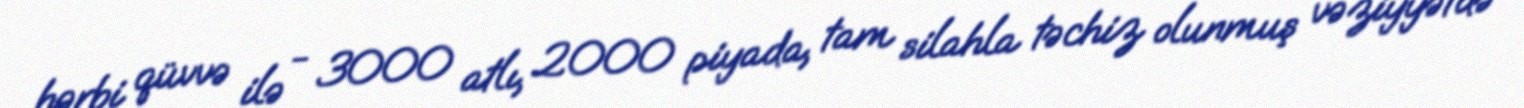
hərbi qüvvə ilə - 3000 atlı, 2000 piyada, tam silahla təchiz olunmuş vəziyyətdə